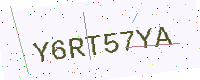
Text: Y6RT57YA